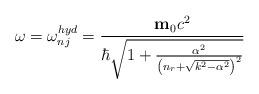
LaTeX: \begin{align*}\omega =\omega _{nj}^{hyd}=\frac{\mathbf{m}_0c^2}{\hbar \sqrt{1+\frac{\alpha^2}{\left( n_r+\sqrt{k^2-\alpha ^2}\right) ^2}}} \end{align*}